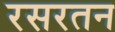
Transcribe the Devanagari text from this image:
रसरतन